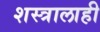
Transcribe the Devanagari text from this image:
शस्त्रालाही